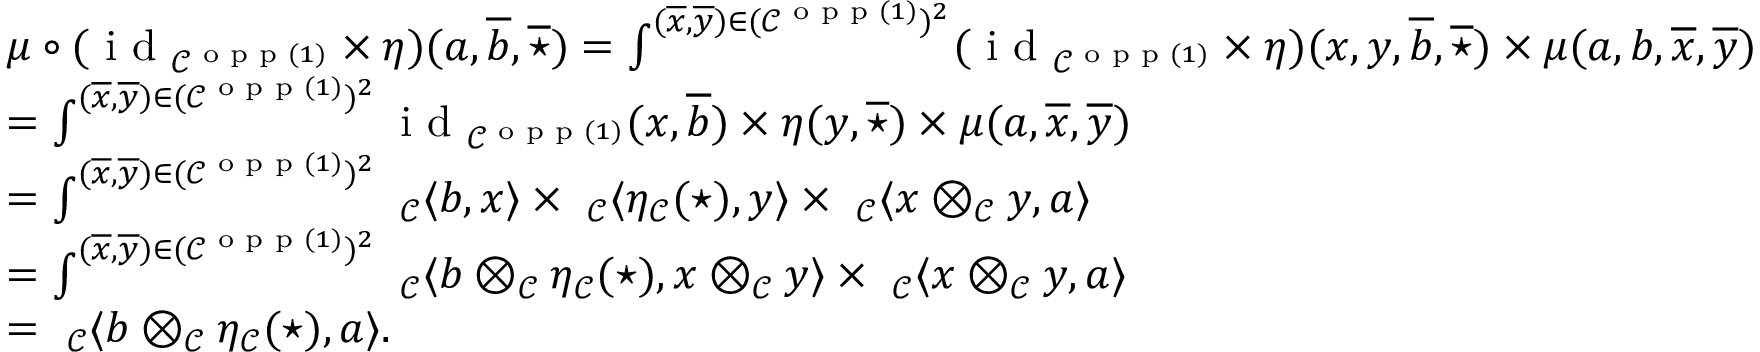
\begin{array} { r l } & { \mu \circ ( \textnormal { i d } _ { \mathcal { C } ^ { \textnormal { o p p } ( 1 ) } } \times \eta ) ( a , \overline { { b } } , \overline { { \star } } ) = \int ^ { ( \overline { { x } } , \overline { { y } } ) \in ( \mathcal { C } ^ { \textnormal { o p p } ( 1 ) } ) ^ { 2 } } ( \textnormal { i d } _ { \mathcal { C } ^ { \textnormal { o p p } ( 1 ) } } \times \eta ) ( x , y , \overline { { b } } , \overline { { \star } } ) \times \mu ( a , b , \overline { { x } } , \overline { { y } } ) } \\ & { = \int ^ { ( \overline { { x } } , \overline { { y } } ) \in ( \mathcal { C } ^ { \textnormal { o p p } ( 1 ) } ) ^ { 2 } } \textnormal { i d } _ { \mathcal { C } ^ { \textnormal { o p p } ( 1 ) } } ( x , \overline { { b } } ) \times \eta ( y , \overline { { \star } } ) \times \mu ( a , \overline { { x } } , \overline { { y } } ) } \\ & { = \int ^ { ( \overline { { x } } , \overline { { y } } ) \in ( \mathcal { C } ^ { \textnormal { o p p } ( 1 ) } ) ^ { 2 } } \ _ { \mathcal { C } } \langle b , x \rangle \times \ _ { \mathcal { C } } \langle \eta _ { \mathcal { C } } ( \star ) , y \rangle \times \ _ { \mathcal { C } } \langle x \otimes _ { \mathcal { C } } y , a \rangle } \\ & { = \int ^ { ( \overline { { x } } , \overline { { y } } ) \in ( \mathcal { C } ^ { \textnormal { o p p } ( 1 ) } ) ^ { 2 } } \ _ { \mathcal { C } } \langle b \otimes _ { \mathcal { C } } \eta _ { \mathcal { C } } ( \star ) , x \otimes _ { \mathcal { C } } y \rangle \times \ _ { \mathcal { C } } \langle x \otimes _ { \mathcal { C } } y , a \rangle } \\ & { = \ _ { \mathcal { C } } \langle b \otimes _ { \mathcal { C } } \eta _ { \mathcal { C } } ( \star ) , a \rangle . } \end{array}